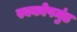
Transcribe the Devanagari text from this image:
स्वकोपमुंड